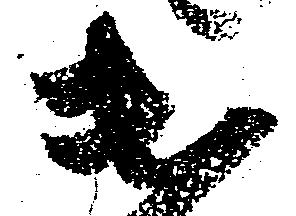
出